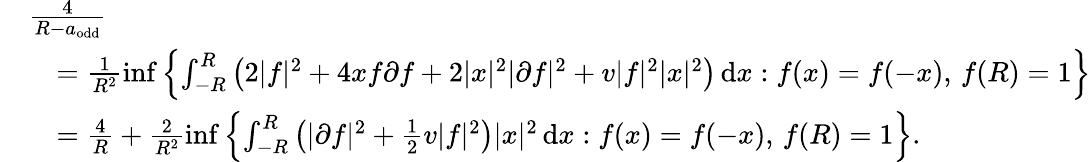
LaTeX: \begin{array}{rl}&{\frac{4}{R-a_{\textnormal{odd}}}}\\ &{\quad=\frac{1}{R^{2}}\operatorname*{inf}\left\{ \int_{-R}^{R}\left(2|f|^{2}+4xf\partial f+2|x|^{2}|\partial f|^{2}+v|f|^{2}|x|^{2}\right)\, \textnormal{d}x:f(x)=f(-x),\, f(R)=1\right\} }\\ &{\quad=\frac{4}{R}+\frac{2}{R^{2}}\operatorname*{inf}\left\{ \int_{-R}^{R}\left(|\partial f|^{2}+\frac{1}{2}v|f|^{2}\right)|x|^{2}\, \textnormal{d}x:f(x)=f(-x),\, f(R)=1\right\} .}\end{array}